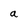
Character: a